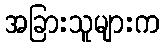
အခြားသူများက